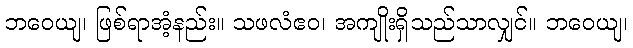
ဘဝေယျ၊ ဖြစ်ရာအံ့နည်း။ သဖလံဧဝ၊ အကျိုးရှိသည်သာလျှင်။ ဘဝေယျ၊